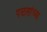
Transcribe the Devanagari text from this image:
पळसांच्या